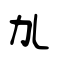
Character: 劜